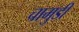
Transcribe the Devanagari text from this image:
चामुडी